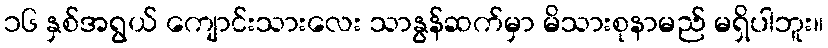
၁၆ နှစ်အရွယ် ကျောင်းသားလေး သာနွန်ဆက်မှာ မိသားစုနာမည် မရှိပါဘူး။